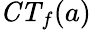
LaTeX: {\mathit{CT}}_{f}(a)